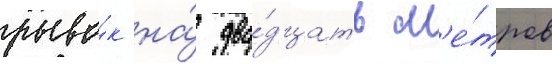
рыво́к на́ два́дцать м'е́тров